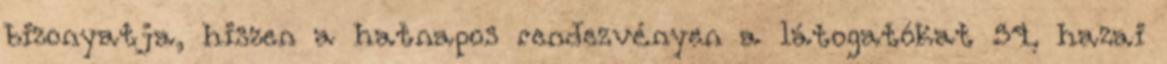
bizonyatja, hiszen a hatnapos rendezvényen a látogatókat 54, hazai